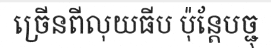
ច្រើនពីលុយធីប ប៉ុន្តែបច្ជុ